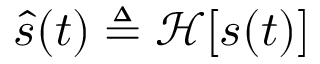
{ \hat { s } } ( t ) \triangleq \operatorname { \mathcal { H } } [ s ( t ) ]